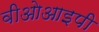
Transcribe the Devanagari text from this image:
वीओआइपी